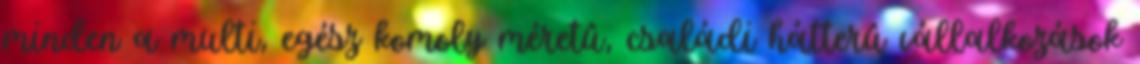
minden a multi, egész komoly méretû, családi hátterû vállalkozások